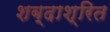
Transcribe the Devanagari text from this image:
शब्दाश्रित